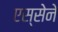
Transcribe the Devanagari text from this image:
एस्सेने